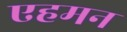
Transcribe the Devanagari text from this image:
एहमन